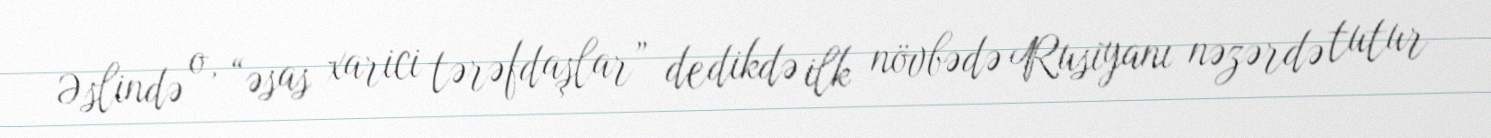
Əslində o, “əsas xarici tərəfdaşlar” dedikdə ilk növbədə Rusiyanı nəzərdə tutur